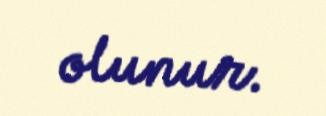
olunur.